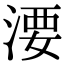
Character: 㴗